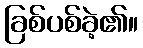
ခြစ်ပစ်ခဲ့၏။